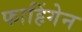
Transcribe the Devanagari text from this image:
फाहिंगेन